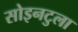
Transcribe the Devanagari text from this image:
सोइनटुला